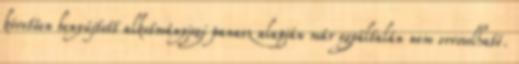
követően benyújtott alkotmányjogi panasz alapján már egyáltalán nem orvosolható.